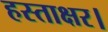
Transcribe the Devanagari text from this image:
हस्ताक्षर।